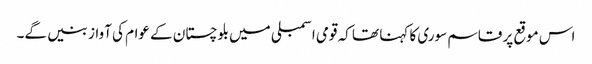
اس موقع پر قاسم سوری کا کہنا تھا کہ قومی اسمبلی میں بلوچستان کے عوام کی آواز بنیں گے۔